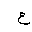
Letter: _ayn